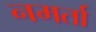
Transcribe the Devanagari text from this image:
नमर्ता